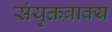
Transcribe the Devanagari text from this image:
संयुक्तवाक्य